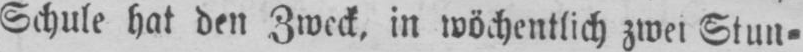
Schule hat den Zweck, in wöchentlich zwei Stun⸗